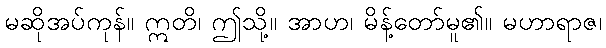
မဆိုအပ်ကုန်။ ဣတိ၊ ဤသို့။ အာဟ၊ မိန့်တော်မူ၏။ မဟာရာဇ၊